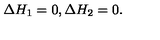
\Delta H _ { 1 } = 0 , \Delta H _ { 2 } = 0 .